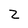
Character: 2